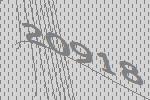
20918